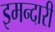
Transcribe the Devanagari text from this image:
इमन्दारी